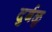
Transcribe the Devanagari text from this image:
दुर्बळु